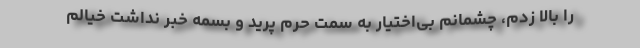
را بالا زدم، چشمانم بی‌اختیار به سمت حرم پرید و بسمه خبر نداشت خیالم